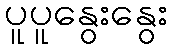
ပူပူနွေးနွေး